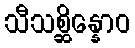
သီသစ္ဆိန္နောဝ